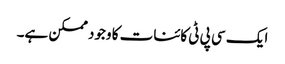
ایک سی پی ٹی کائنات کا وجود ممکن ہے۔